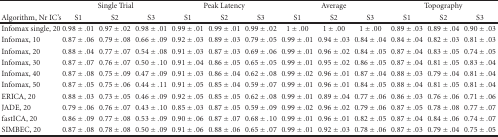
<table><thead><tr><td></td><td colspan="3"><b>Single Trial</b></td><td colspan="3"><b>Peak Latency</b></td><td colspan="3"><b>Average</b></td><td colspan="3"><b>Topography</b></td></tr><tr><td><b>Algorithm, Nr IC&#x27;s</b></td><td><b>S1</b></td><td><b>S2</b></td><td><b>S3</b></td><td><b>S1</b></td><td><b>S2</b></td><td><b>S3</b></td><td><b>S1</b></td><td><b>S2</b></td><td><b>S3</b></td><td><b>S1</b></td><td><b>S2</b></td><td><b>S3</b></td></tr></thead><tbody><tr><td>Infomax single, 20</td><td>0.98 ± .01</td><td>0.97 ± .02</td><td>0.98 ± .01</td><td>0.99 ± .01</td><td>0.99 ± .01</td><td>0.99 ± .02</td><td>1 ± .00</td><td>1 ± .00</td><td>1 ± .00</td><td>0.89 ± .03</td><td>0.89 ± .04</td><td>0.90 ± .03</td></tr><tr><td>Infomax, 10</td><td>0.87 ± .06</td><td>0.79 ± .08</td><td>0.66 ± .09</td><td>0.92 ± .03</td><td>0.89 ± .03</td><td>0.79 ± .05</td><td>0.99 ± .01</td><td>0.94 ± .03</td><td>0.84 ± .04</td><td>0.84 ± .04</td><td>0.82 ± .03</td><td>0.81 ± .03</td></tr><tr><td>Infomax, 20</td><td>0.88 ± .04</td><td>0.77 ± .07</td><td>0.54 ± .08</td><td>0.91 ± .03</td><td>0.87 ± .03</td><td>0.69 ± .06</td><td>0.99 ± .01</td><td>0.96 ± .02</td><td>0.84 ± .05</td><td>0.87 ± .04</td><td>0.83 ± .05</td><td>0.74 ± .05</td></tr><tr><td>Infomax, 30</td><td>0.87 ± .07</td><td>0.76 ± .07</td><td>0.50 ± .10</td><td>0.91 ± .04</td><td>0.86 ± .05</td><td>0.65 ± .05</td><td>0.99 ± .01</td><td>0.95 ± .02</td><td>0.86 ± .05</td><td>0.87 ± .04</td><td>0.81 ± .05</td><td>0.83 ± .04</td></tr><tr><td>Infomax, 40</td><td>0.87 ± .08</td><td>0.75 ± .09</td><td>0.47 ± .09</td><td>0.91 ± .03</td><td>0.86 ± .04</td><td>0.62 ± .08</td><td>0.99 ± .02</td><td>0.96 ± .01</td><td>0.87 ± .04</td><td>0.88 ± .03</td><td>0.79 ± .04</td><td>0.81 ± .04</td></tr><tr><td>Infomax, 50</td><td>0.87 ± .05</td><td>0.75 ± .06</td><td>0.44 ± .11</td><td>0.91 ± .05</td><td>0.85 ± .04</td><td>0.59 ± .07</td><td>0.99 ± .01</td><td>0.96 ± .01</td><td>0.84 ± .05</td><td>0.88 ± .04</td><td>0.81 ± .05</td><td>0.81 ± .04</td></tr><tr><td>ERICA, 20</td><td>0.88 ± .03</td><td>0.73 ± .05</td><td>0.46 ± .09</td><td>0.92 ± .05</td><td>0.85 ± .05</td><td>0.62 ± .08</td><td>0.99 ± .01</td><td>0.89 ± .04</td><td>0.77 ± .06</td><td>0.86 ± .03</td><td>0.76 ± .06</td><td>0.71 ± .06</td></tr><tr><td>JADE, 20</td><td>0.79 ± .06</td><td>0.76 ± .07</td><td>0.43 ± .10</td><td>0.85 ± .03</td><td>0.87 ± .05</td><td>0.59 ± .09</td><td>0.99 ± .02</td><td>0.96 ± .02</td><td>0.79 ± .06</td><td>0.87 ± .05</td><td>0.78 ± .08</td><td>0.77 ± .07</td></tr><tr><td>fastICA, 20</td><td>0.86 ± .09</td><td>0.77 ± .08</td><td>0.53 ± .09</td><td>0.90 ± .06</td><td>0.87 ± .07</td><td>0.68 ± .10</td><td>0.99 ± .01</td><td>0.96 ± .01</td><td>0.82 ± .05</td><td>0.87 ± .04</td><td>0.84 ± .06</td><td>0.74 ± .07</td></tr><tr><td>SIMBEC, 20</td><td>0.87 ± .08</td><td>0.78 ± .08</td><td>0.50 ± .09</td><td>0.91 ± .06</td><td>0.88 ± .06</td><td>0.65 ± .07</td><td>0.99 ± .01</td><td>0.92 ± .03</td><td>0.78 ± .06</td><td>0.87 ± .03</td><td>0.79 ± .04</td><td>0.75 ± .05</td></tr></tbody></table>